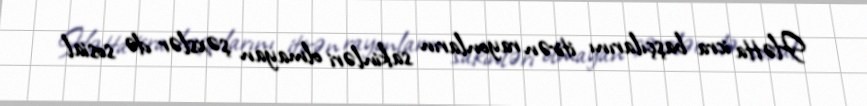
Hətta icra başçılarını itirən rayonların sakinləri olmayan şəxslər də sosial